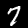
Digit: 7